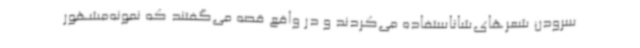
سرودن شعرهای‌شاناستفاده می‌کردند و در واقع قصه می‌گفتند که نمونه‌مشهور